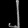
Digit: ၂